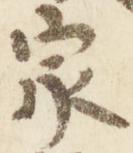
家